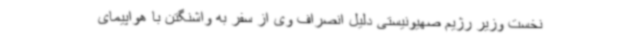
نخست وزیر رژیم صهیونیستی دلیل انصراف وی از سفر به واشنگتن با هواپیمای